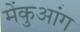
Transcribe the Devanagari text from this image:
मेंकुआंग